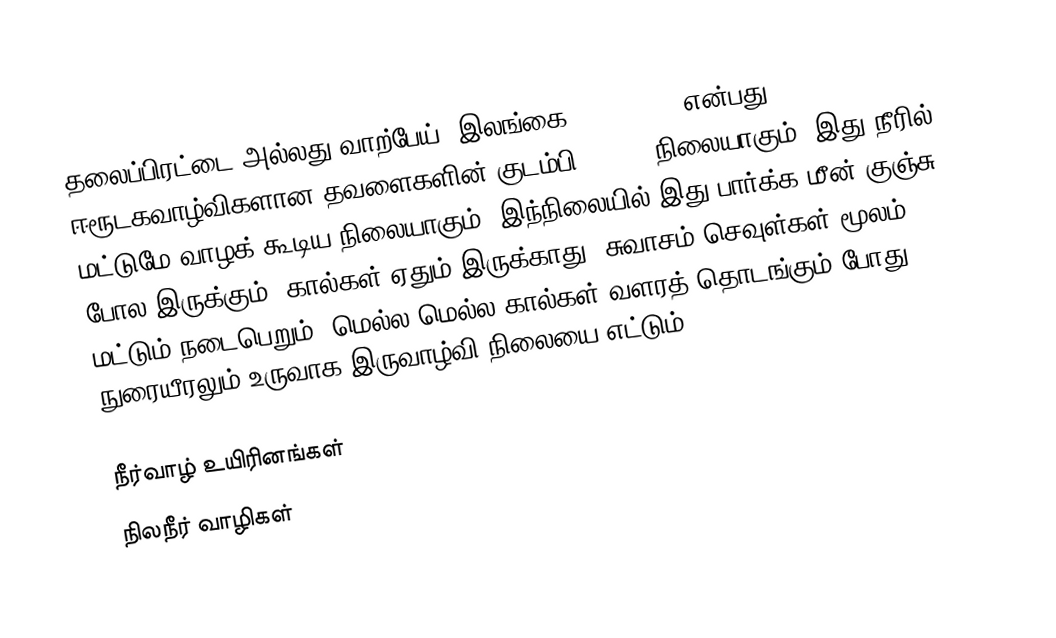
தலைப்பிரட்டை அல்லது வாற்பேய் (இலங்கை) (Tadpole) என்பது ஈரூடகவாழ்விகளான தவளைகளின் குடம்பி(Larva) நிலையாகும். இது நீரில் மட்டுமே வாழக் கூடிய நிலையாகும். இந்நிலையில் இது பார்க்க மீன் குஞ்சு போல இருக்கும். கால்கள் ஏதும் இருக்காது. சுவாசம் செவுள்கள் மூலம் மட்டும் நடைபெறும். மெல்ல மெல்ல கால்கள் வளரத் தொடங்கும் போது நுரையீரலும் உருவாக இருவாழ்வி நிலையை எட்டும்.

நீர்வாழ் உயிரினங்கள்
நிலநீர் வாழிகள்